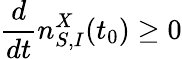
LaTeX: \frac{d}{dt}n_{S,I}^{X}(t_{0})\geq 0